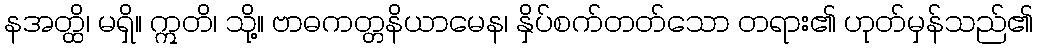
နအတ္ထိ၊ မရှိ။ ဣတိ၊ သို့။ ဗာဓကတ္တနိယာမေန၊ နှိပ်စက်တတ်သော တရား၏ ဟုတ်မှန်သည်၏